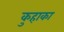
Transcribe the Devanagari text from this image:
कुहाका